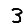
Digit: 3